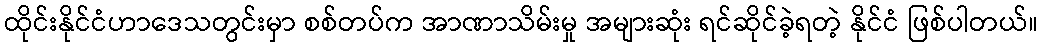
ထိုင်းနိုင်ငံဟာဒေသတွင်းမှာ စစ်တပ်က အာဏာသိမ်းမှု အများဆုံး ရင်ဆိုင်ခဲ့ရတဲ့ နိုင်ငံ ဖြစ်ပါတယ်။